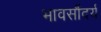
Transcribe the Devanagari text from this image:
भावसौंदर्य